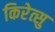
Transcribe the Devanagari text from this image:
किरेत्सु